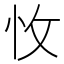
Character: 𢗡